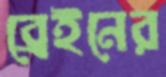
ব্রেইনের